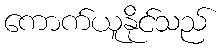
ကောက်ယူနိုင်သည်